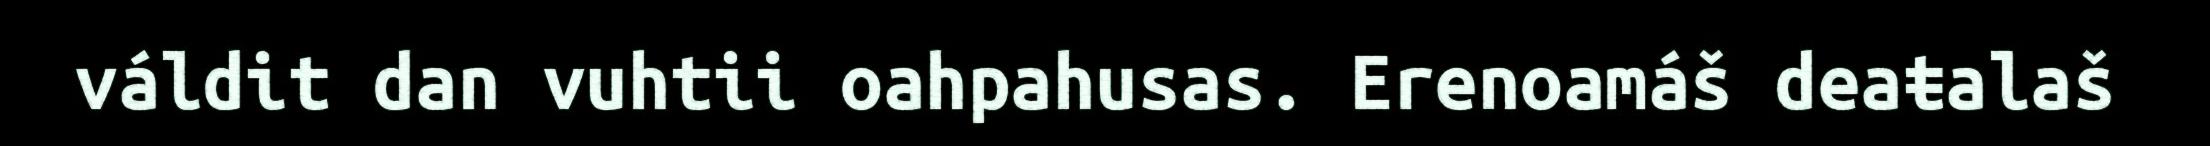
váldit dan vuhtii oahpahusas. Erenoamáš deaŧalaš